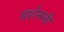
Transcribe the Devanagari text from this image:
दर्शननी